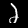
Label: 2